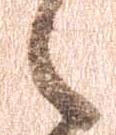
候